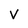
Character: V